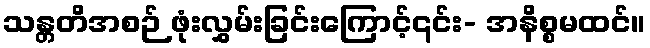
သန္တတိအစဉ် ဖုံးလွှမ်းခြင်းကြောင့်၎င်း- အနိစ္စမထင်။